Bréfritari: Sigríður Pálsdóttir
Viðtakandi: Páll Pálsson
Dagsetning: A-1866-02-21
Skrifað á: Breiðabólsstað  Rang.
Páll var bróðir Sigríðar

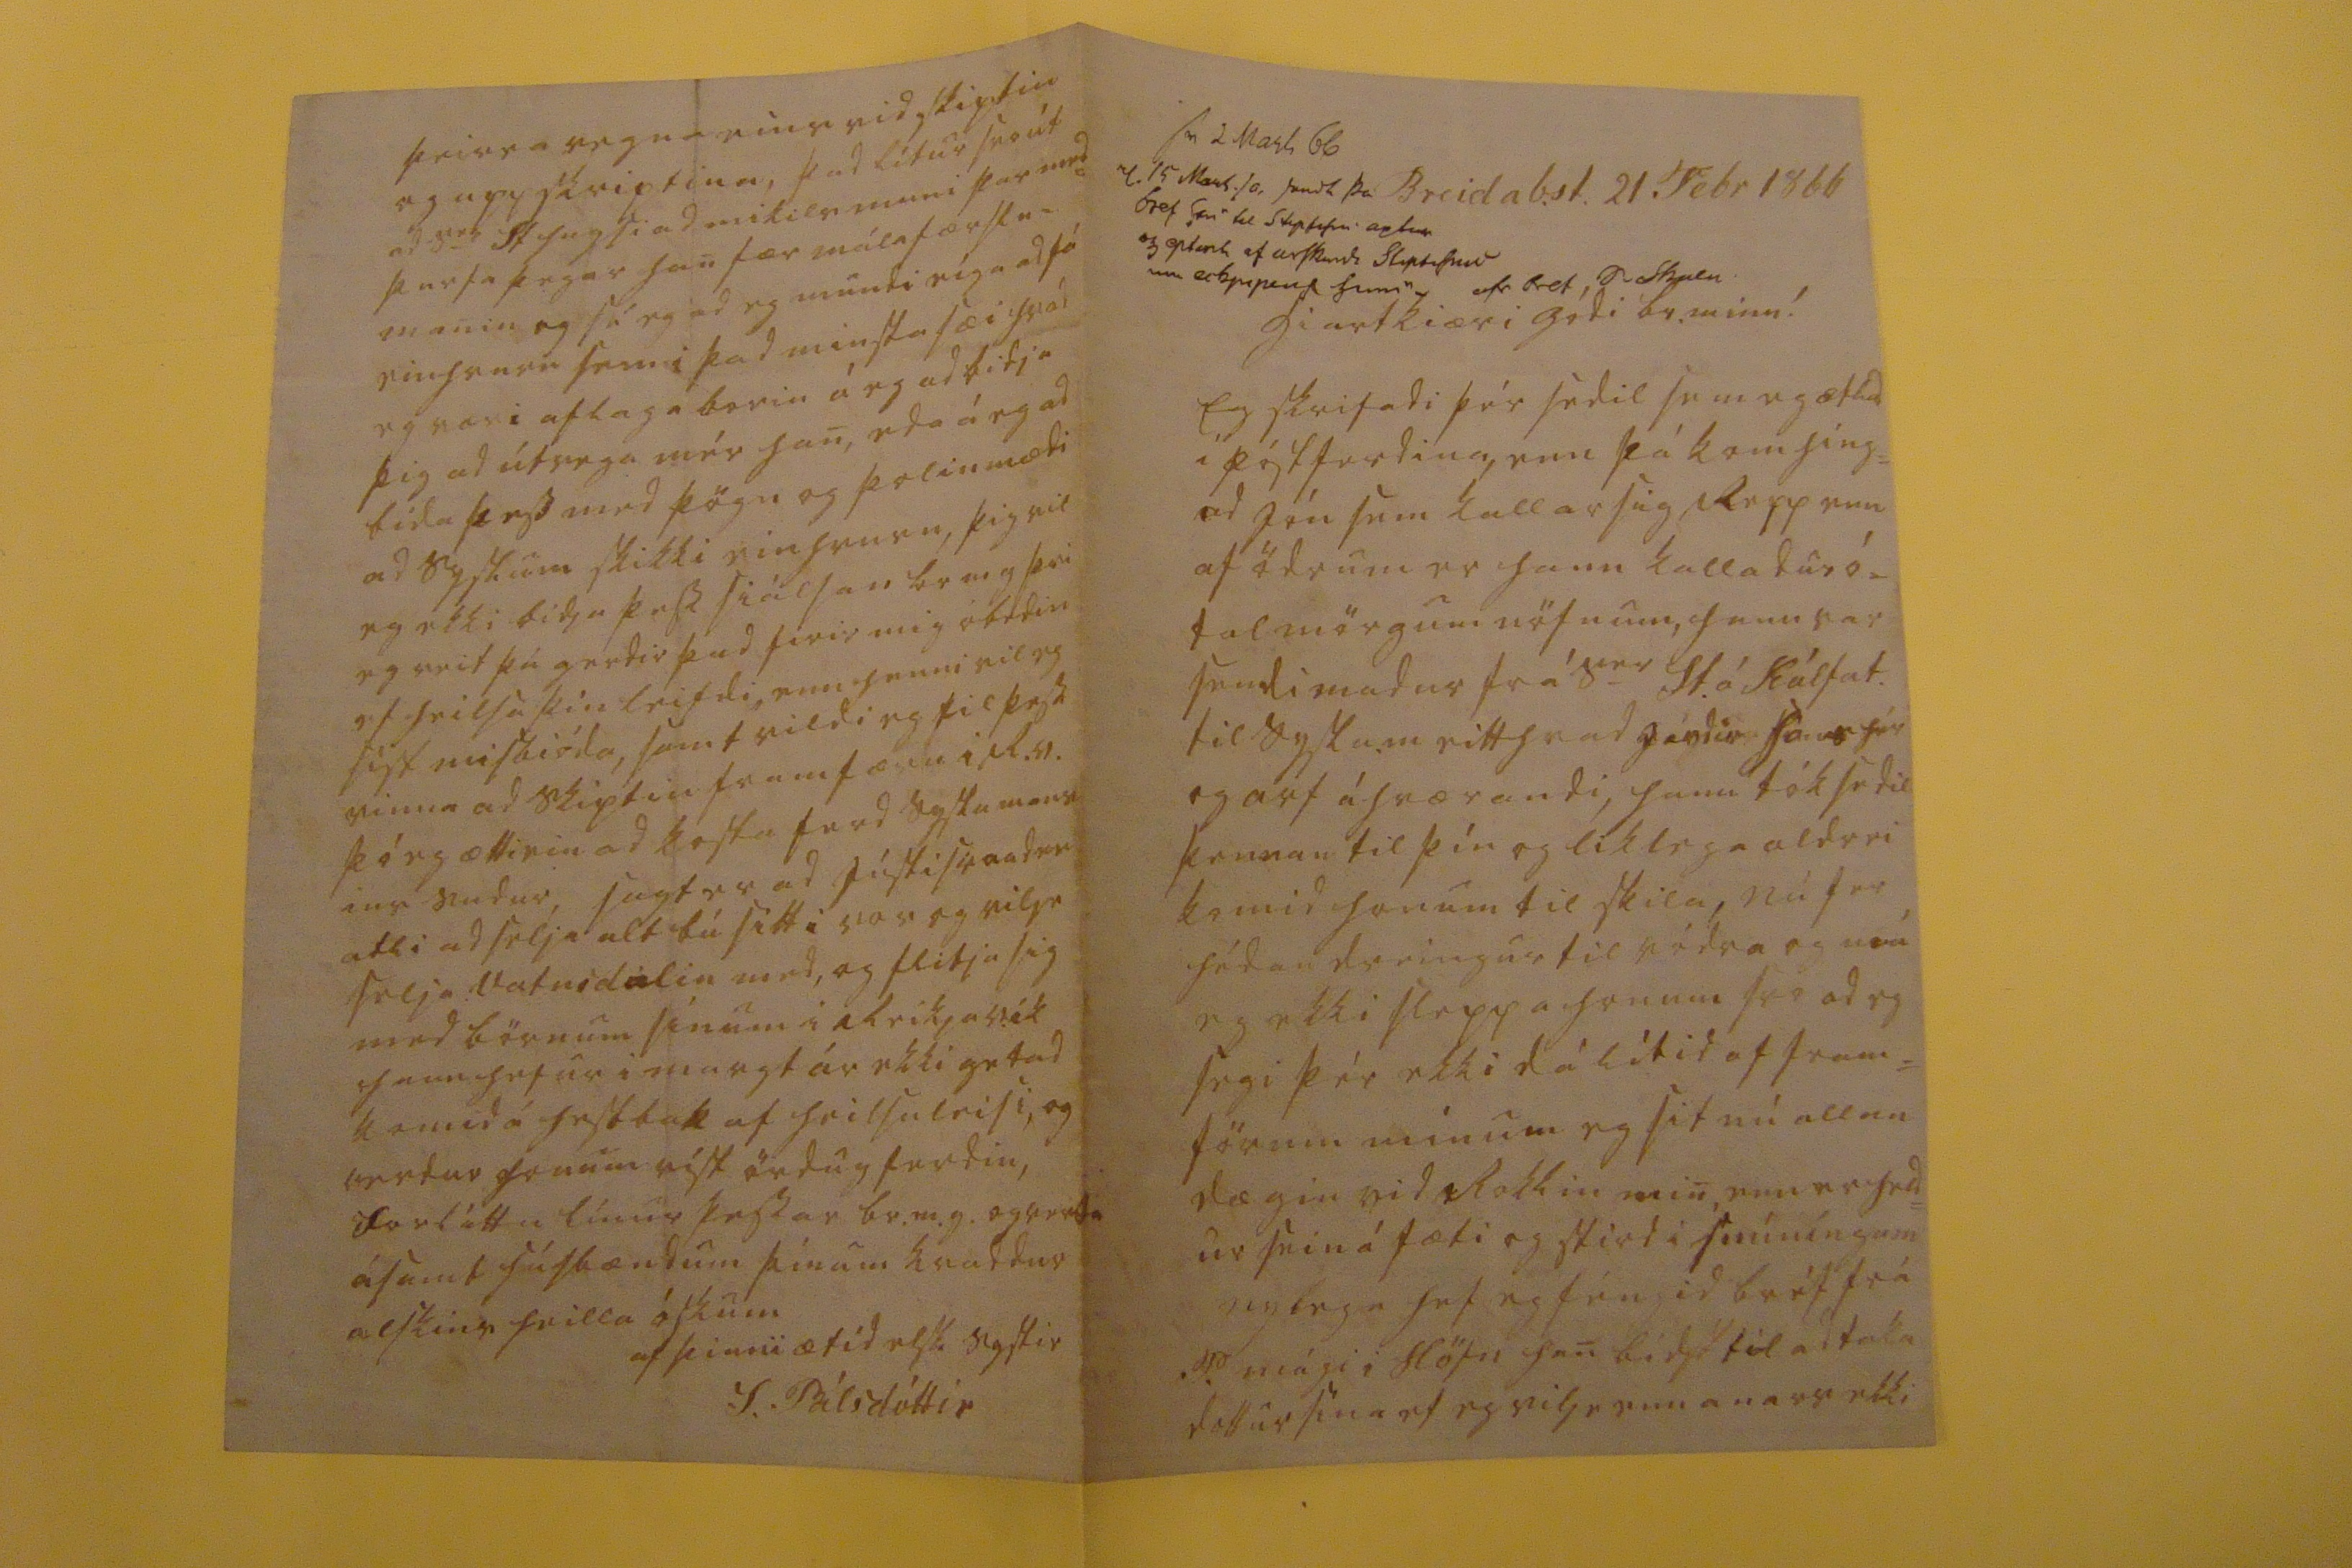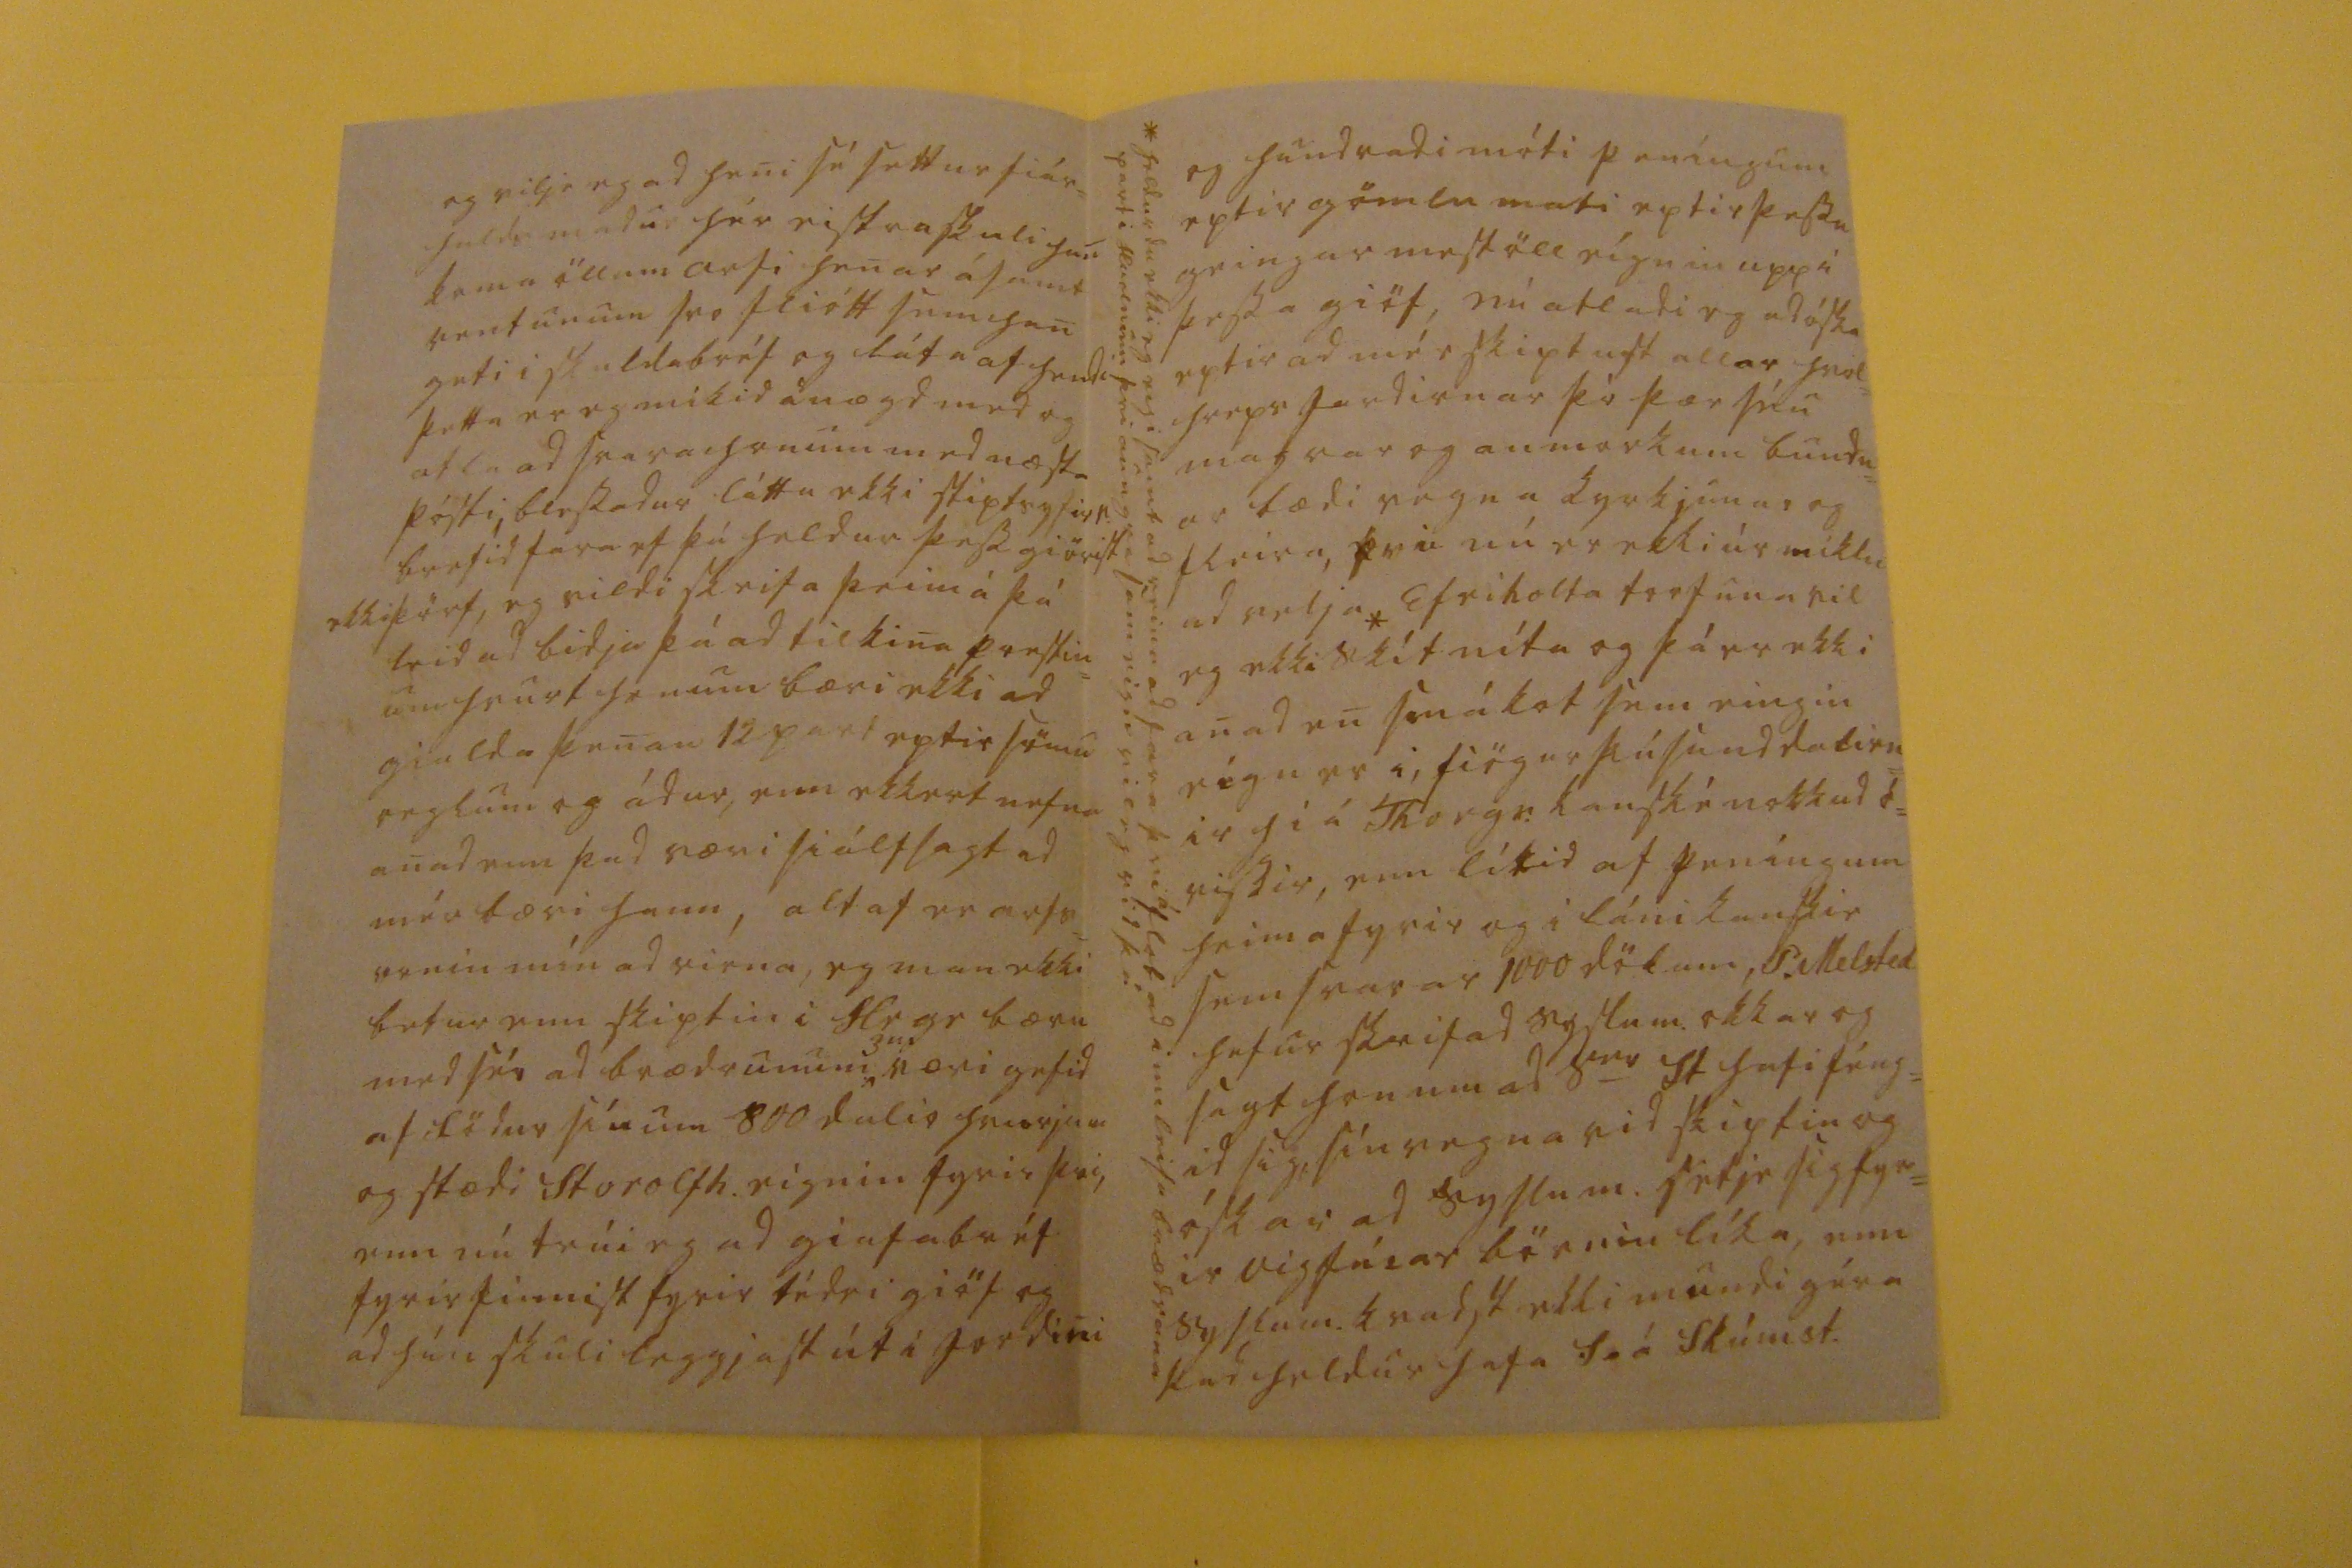

sv 2 Mars 66 0. 15 Mars. s0, send0 þa bref 000 til st00ni aptur og eptir0 ef a0sk00di sl0pt00nu um eib0000 hinn afr bref s00kulu
Breidab.st. 21 Febr 1866
hiartkiæri gódi br. minn!
Eg skrifadi þér sedil sem eg ætlad i póstferdina, enn þá kom hing= ad Jón sem kallar sig Repp enn af ödrum er hann kalladur ó= tal mörgum nöfnum, hann var sendimadur frá s
er
St. á Kálfat. til syslum eitthvad
jardir hans
hér og arf áhrærandi, hann tók sedil þennan til þín og liklega aldrei komid honum til skila, nú fer hédan dreingur til ródra og mun eg ekki sleppa honum svo ad eg segi þér ekki dálítid af fram= förum mínum eg sit nú allan dægin vid Rokkin min, enn er hel= ur sein á fæti og stird i snúníngum nylega hef eg féngid bréf frá P. mági i Höfn han bidst til ad taka dottur sína ef eg vilje enn anars ekki
og vilje eg ad heni sé settur fiár= halds madur hér eistra skuli han koma öllum arfi henar ásamt rentunum svo fliótt sem han geti i skuldabréf og láta af hendi þetta er eg mikid ánægd med og atla ad svara honum med næsta pósti, blessadur láttu ekki skiptsyfir
r.
brefid fara ef þú heldur þess giörist ekki þörf, eg vildi skrifa þeim á þá leid ad bidja þá ad tilkina prestin= um hvurt honum bæri ekki ad gialda þenan 12 part eptir sömu reglum og ádur, enn ekkert nefna anad enn þad væri siálfsagt ad mér bæri hann, altaf er arfs=
vonin
mín ad rirna, eg man ekki betur enn skiptin i Hr gr bæru med sér ad brædrunum
3ur
væri gefid af födur sínum 800 dalir hvurjum og stædi Storolfh. eignin fyrir þvi, enn nú trúi eg ad giafabréf fyrir finnist fyrir tédri giöf og ad hún skuli leggjast út i jordini
og hundradi móti peníngum eptir gömlu mati eptir þessu geingur mestöll eígnin upp i þessa giöf, nú atladi eg ad óska eptir ad mér skiptast allar hvol= hreps ferdirnar þó þær séu
magrar og anmorkum
bundn= ar bædi vegna kyrkjunar og fleira, þvi nú er ekki úr miklu ad velja* Efriholta torfuna vil eg ekki skítníta og þá er ekki anad en smákot sem eingin eign er i, fiögur þúsund dalirn= ir hiá Thorgr. kanské nokkud ó= vissir, enn lítid af peníngum heima fyrir og i láni kanskie sem svarar 1000 dölum, P. Melsted hefur skrifad syslum. okkar og sagt honum ad s
er
St hafi féng= id sig, sín vegna vid skiptin og óskar ad syslum. setje sig fyr= ir Vigfúsar börnin líka, enn syslum. kvadst ekki mundi géra þad heldur hafa
f0á
Skúmst.
* heldurdu ekki eg eigi samt ad reina ad fara þvi
á
flot ad innleisa brædrana part i Hvolnum þvi aungva sam eign vil eg vid þá
þeirra vegna eins vid skiptin og upp skriptina, þad lítur svo út ad s
er
St hugsi ad mikils muni þar med= þurfa þegar han fær málafærslu= manin og sé eg ad eg mundi eíga ad fá einhvurn sem i þad minsta sæi hvad eg væri aflaga borin á eg ad bidja þig ad útvega mér han, eda á eg ad bida þess med þögn og þolinmædi ad syslum skikki einhvurn, þig vil eg ekki bidja þess siálfan br m g þvi eg veit þú gerdir þad firir mig óbedin ef heilsa þín leifdi, enn henni vil eg síst misbióda, samt vildi eg til þess vinna ad skiptin framfæru i R.v. þó eg ætti ein ad kosta ferd syslumans ins sudur, sagt er ad
jústi sv00dson
atli ad selja alt bú sitt i vor og vilje selja Vatnsdalin med, og flitja sig med börnum sínum i Reikjavík hann hefur i margt ár ekki getad komid á hestbak af heilsuleisi, og verdur honum víst ördug ferdin, forláttu línur þessar br.m.g. og vertu ásamt húsbændum þínum kvaddur alskins heilla óskum
af þinni ætíd elsk systir
S. Pálsdóttir